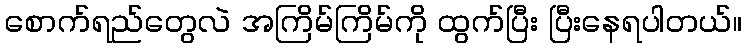
စောက်ရည်တွေလဲ အကြိမ်ကြိမ်ကို ထွက်ပြီး ပြီးနေရပါတယ်။